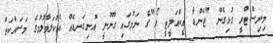
މިނިސްޓްރީ ގުޅިގެން "ޖެންޑާ އީކްއަލީޓީ ލޯ"ގެ ނަމުގައި ގާނޫނީ އޮނިގަނޑެއް އެކުލަވާލުމުގެ މަސައްކަތް